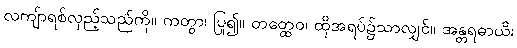
လကျ်ာရစ်လှည့်သည်ကို။ ကတွာ၊ ပြု၍။ တတ္ထေဝ၊ ထိုအရပ်၌သာလျှင်။ အန္တရဓာယိ၊